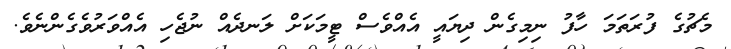
މެޗުގެ ފުރަތަމަ ހާފު ނިމިގެން ދިޔައީ އެއްވެސް ޓީމަކަށް ލަނދެއް ނުޖެހި އެއްވަރުވެގެންނެވެ.